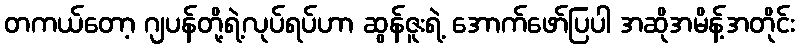
တကယ်တော့ ဂျပန်တို့ရဲ့လုပ်ရပ်ဟာ ဆွန်ဇူးရဲ့ အောက်ဖော်ပြပါ အဆိုအမိန့်အတိုင်း